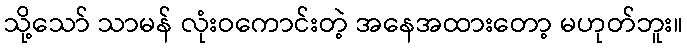
သို့သော် သာမန် လုံးဝကောင်းတဲ့ အနေအထားတော့ မဟုတ်ဘူး။